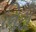
નિટી